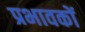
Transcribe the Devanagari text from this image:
प्रभावकों